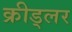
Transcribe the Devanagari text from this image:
क्रीड्लर